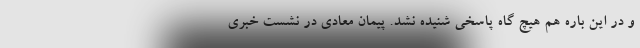
و در این باره هم هیچ گاه پاسخی شنیده نشد. پیمان معادی در نشست خبری